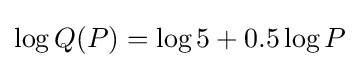
\log Q(P)=\log 5+0.5\log P